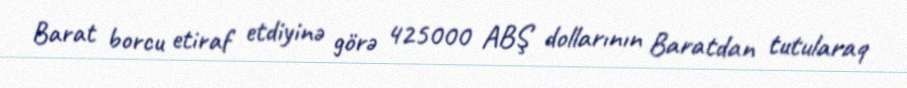
Barat borcu etiraf etdiyinə görə 425000 ABŞ dollarının Baratdan tutularaq